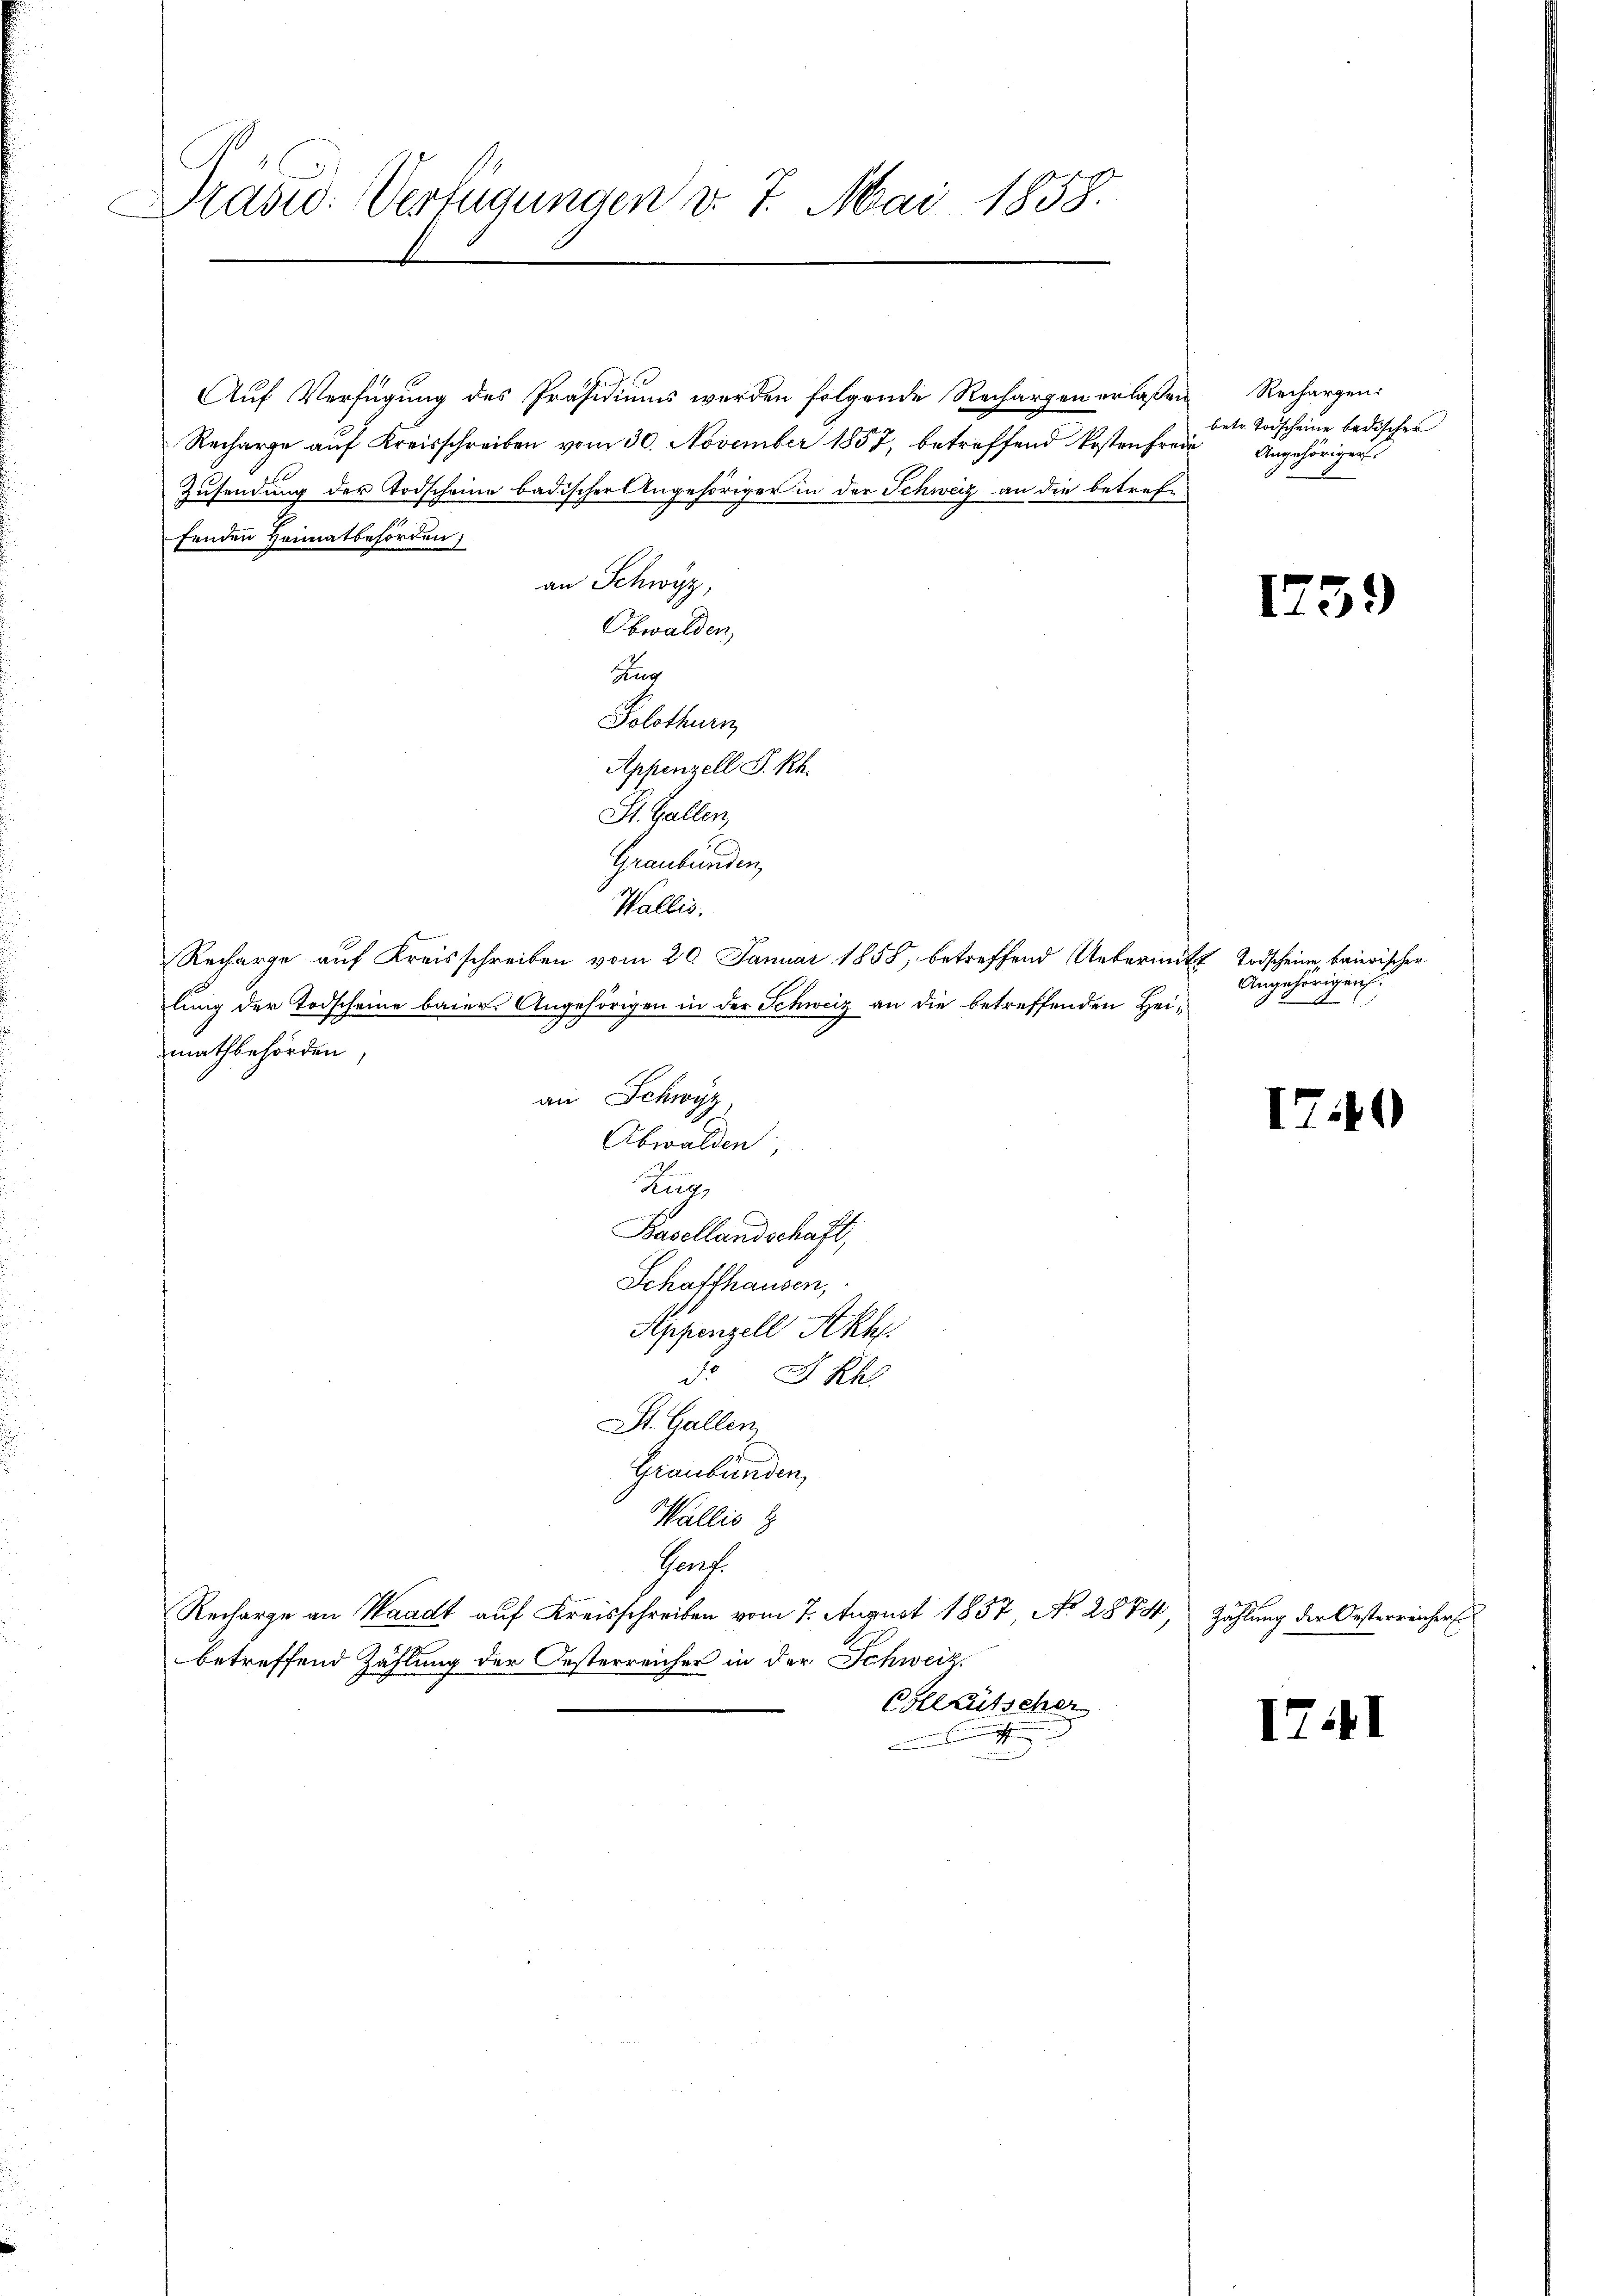
Dras: Verfügungen v. 7. Mai 1858.

Auf Verfügung des Präsidiums werden folgende Rechargen erlaßen Rechargen:
Recharge auf Kreisschreiben vom 30. November 1857, betreffend Kostenfreie
Zusendung der Todscheine badischer Angehöriger in der Schweiz an die betreffenden Heimatbeforden,
an Schwyz,
Obwalden,
Aug
Solothurn
Appenzell S. Rh.
St. Gallen,
Graubünden,
Wallis.
Recharge auf Kreisschreiben vom 20. Januar 1858, betreffend Uebermitt Todscheine, baierischer
lung der Todscheine baier. Angehörigen in der Schweiz an die betreffenden Heimathbehörden,
an Schwyz,
Obwalden,
Ruz
Basellandschaft,
Schaffhausen,
Appenzell Akk
d. A. Rh
St. Gallen
Graubünden,
Wallis z
Hans

Recharge an Waadt auf Kreisschreiben vom 7. August 1857 No 2874
betreffend Zählung der Oesterreicher in der Schweiz,
Colleütscher

betr. Todscheine bedischer
Angehörigen

175

Angehörigen.
agag. 9

171

Zählung der Oesterreichers

17.

)

¬